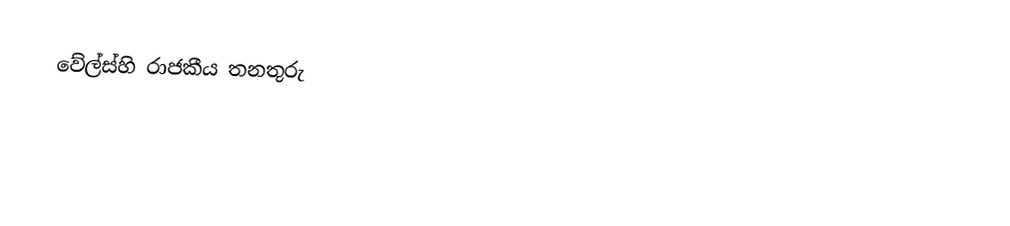
වේල්ස්හි රාජකීය තනතුරු